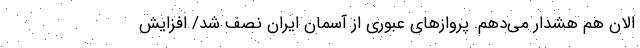
الان هم هشدار می‌دهم. پروازهای عبوری از آسمان ایران نصف شد/ افزایش